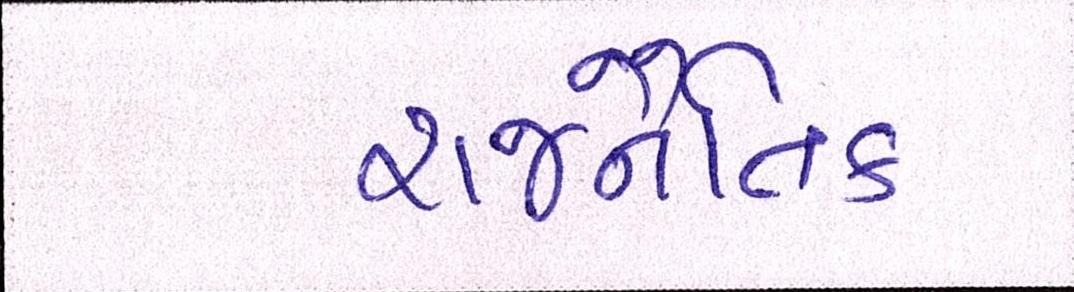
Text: રાજનૈતિક